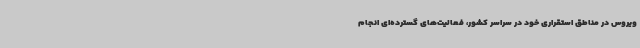
ویروس در مناطق استقراری خود در سراسر کشور، فعالیت‌های گسترده‌ای انجام